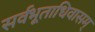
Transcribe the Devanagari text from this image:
सर्वभूताधिवासम्